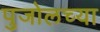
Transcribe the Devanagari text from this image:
पुजोलच्या